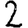
Digit: 2